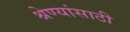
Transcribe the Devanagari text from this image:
श्रेण्यांसाठी